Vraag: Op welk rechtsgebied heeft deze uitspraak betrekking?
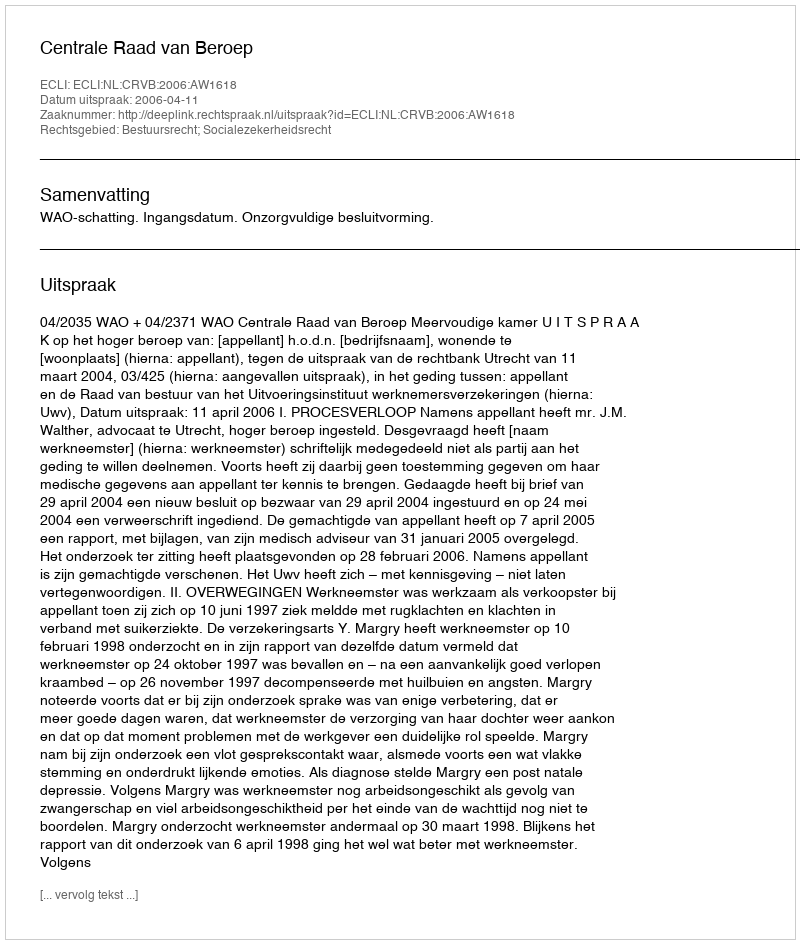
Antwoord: Bestuursrecht; Socialezekerheidsrecht